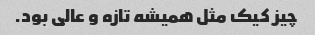
چیز کیک مثل همیشه تازه و عالی بود.